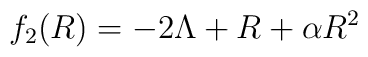
f_{2} (R) = - 2 \Lambda + R + \alpha R^{2}